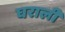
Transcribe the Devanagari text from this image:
घराली